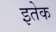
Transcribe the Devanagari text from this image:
इतेक